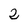
Character: 2